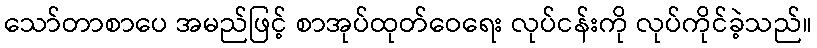
သော်တာစာပေ အမည်ဖြင့် စာအုပ်ထုတ်ဝေရေး လုပ်ငန်းကို လုပ်ကိုင်ခဲ့သည်။